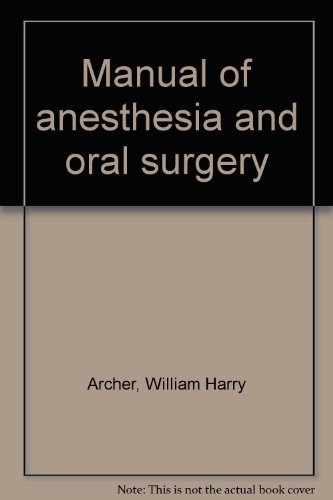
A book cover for Manual of anesthesia and oral surgery; William Harry Archer; Medical Books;